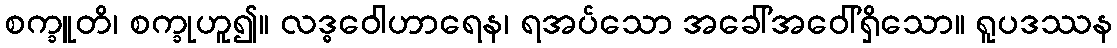
စက္ခူတိ၊ စက္ခုဟူ၍။ လဒ္ဓဝေါဟာရေန၊ ရအပ်သော အခေါ်အဝေါ်ရှိသော။ ရူပဒဿန